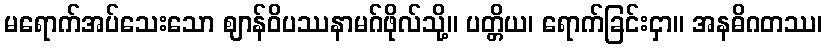
မရောက်အပ်သေးသော ဈာန်ဝိပဿနာမဂ်ဖိုလ်သို့။ ပတ္တိယ၊ ရောက်ခြင်းငှာ။ အနဓိဂတဿ၊